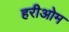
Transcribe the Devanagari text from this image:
हरीओम